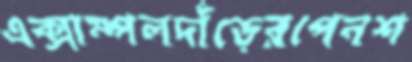
এক্সাম্পলদাঁড়েরপেনশ